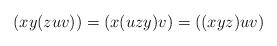
LaTeX: \begin{align*}(xy(zuv))= (x(uzy)v)=((xyz)uv)\, \end{align*}